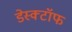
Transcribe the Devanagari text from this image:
डेस्क्टॉफ